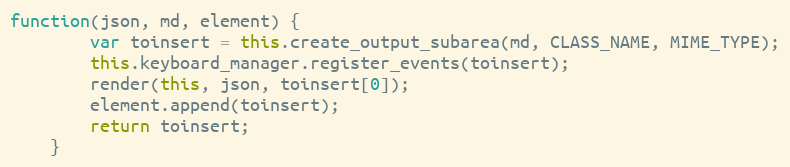
Language: JavaScript
function(json, md, element) {
        var toinsert = this.create_output_subarea(md, CLASS_NAME, MIME_TYPE);
        this.keyboard_manager.register_events(toinsert);
        render(this, json, toinsert[0]);
        element.append(toinsert);
        return toinsert;
    }